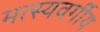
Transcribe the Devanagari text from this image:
मत्स्यवर्गीय